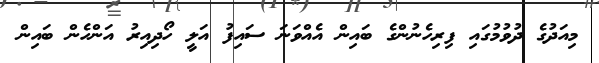
މިއަދުގެ ދުވުމުގައި ފިރިހެނުންގެ ބައިން އެއްވަނަ ސައިފު އަލީ ހޯދިއިރު އަންހެން ބައިން